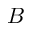
B